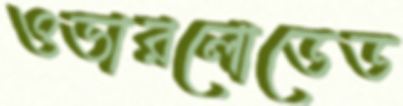
ওভারলোডেড